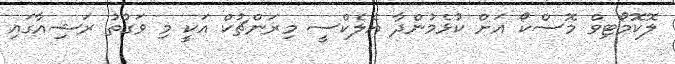
ލޮކޮމޯޓިވް މޮސްކޯ އަށް ކުޅެމުންދާ އެލެކްސީ މިރަންޗުކް އަކީ މި ވަގުތު ރަޝިއާގައި